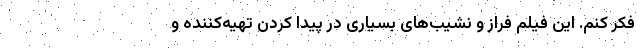
فکر کنم. این فیلم فراز و نشیب‌های بسیاری در پیدا کردن تهیه‌کننده و